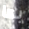
بها